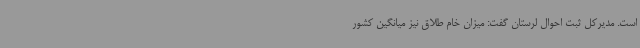
است. مدیرکل ثبت احوال لرستان گفت: میزان خام طلاق نیز میانگین کشور